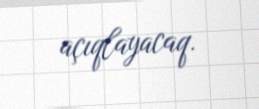
açıqlayacaq.